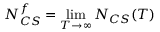
N _ { C S } ^ { f } = \operatorname * { l i m } _ { T \rightarrow \infty } N _ { C S } ( T )